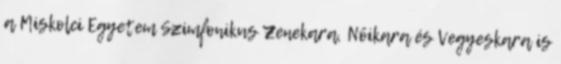
a Miskolci Egyetem Szimfonikus Zenekara, Nőikara és Vegyeskara is